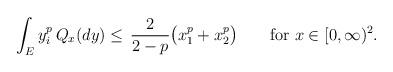
LaTeX: \begin{align*}\begin{aligned}\int_E y_i^p\, Q_x(dy)&\leq\,\frac{2}{2-p}\big(x_1^p+x_2^p\big)\qquad\mbox{for }x\in[0,\infty)^2.\end{aligned}\end{align*}